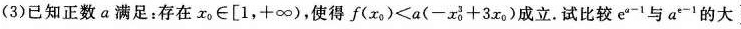
(3)已知正数a满足：存在x^{0}∈[1，+∞)，使得$$f ( x _ { 0 } ) < a ( - x ^ { 3 } _ { 0 } + 3 x _ { 0 } )$$成立.试比较e^{a-1}与a^{e-1}的大